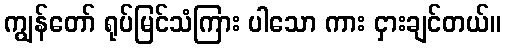
ကျွန်တော် ရုပ်မြင်သံကြား ပါသော ကား ငှားချင်တယ်။